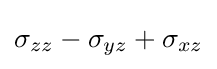
\sigma _{zz}-\sigma _{yz}+\sigma _{xz}